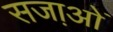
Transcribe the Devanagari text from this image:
सजा़ओं